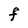
Character: F